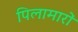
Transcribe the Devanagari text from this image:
पिलामारों